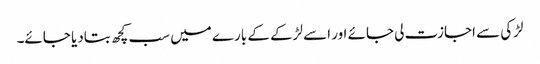
لڑکی سے اجازت لی جائے اور اسے لڑکے کے بارے میں سب کچھ بتادیا جائے۔